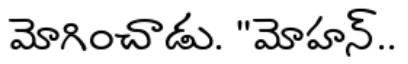
మోగించాడు. "మోహన్..